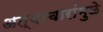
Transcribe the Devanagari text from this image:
अत्याचारांमुळे